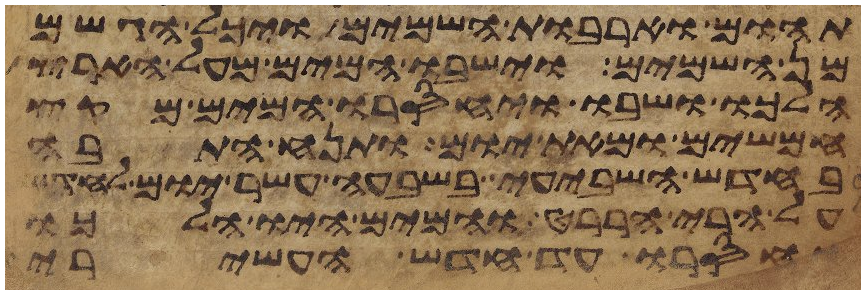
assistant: תהום וארבות השמים ויכל הגשם
מן השמים וישבו המים מעל הארץ
הלכו ושבו ויחסרו המים מקץ
חמשים ומאת יום ותנח התבה
בחדש השביעי בשבעה עשר יום לחדש
על הרי הררט והמים היו הלכו
וחסרו עד חדש העשירי